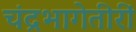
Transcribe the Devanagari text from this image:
चंद्रभागेतीरीं